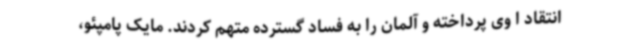
انتقاد ا وی پرداخته و آلمان را به فساد گسترده متهم کردند. مایک پامپئو،